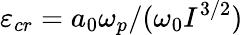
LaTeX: \varepsilon_{cr}=a_{0}\omega_{p}/(\omega_{0}I^{3/2})